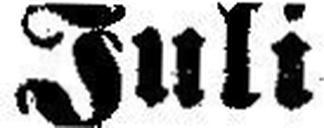
Juli